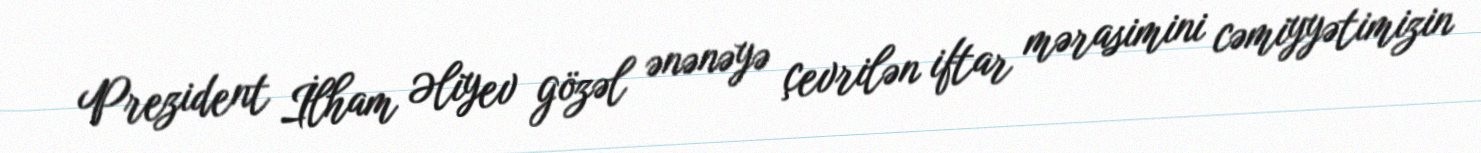
Prezident İlham Əliyev gözəl ənənəyə çevrilən iftar mərasimini cəmiyyətimizin